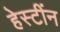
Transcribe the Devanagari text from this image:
हेस्टींन